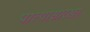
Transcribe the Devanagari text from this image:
पात्यासारखा